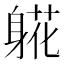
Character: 𬧧